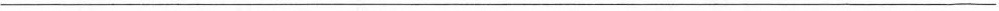
___